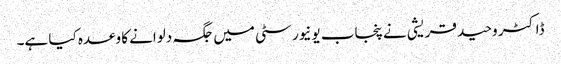
ڈاکٹر وحید قریشی نے پنجاب یونیورسٹی میں جگہ دلوانے کا وعدہ کیا ہے۔